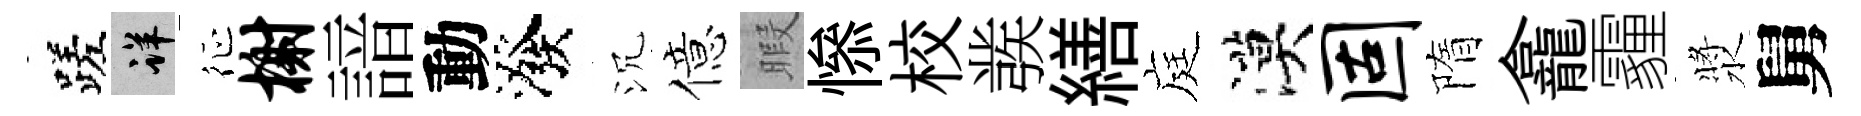
蹉详征榭諳動潑沉億暇𢡖校彂繕庭漠固隋龕霾漿舅